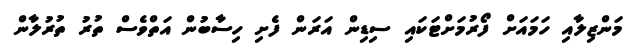
މަންޒިލާއި ހަމައަށް ފޯރުމަށްޓަކައި ސިޑިން އަރަން ފެށި ހިސާބުން އަތްވެސް ތުރު ތުރުލާން